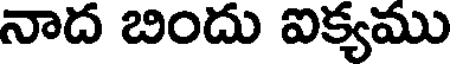
నాద బిందు ఐక్యము